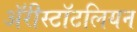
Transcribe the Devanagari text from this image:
ॲरीस्टॉटलियन